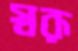
স্বরূ